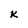
Character: k